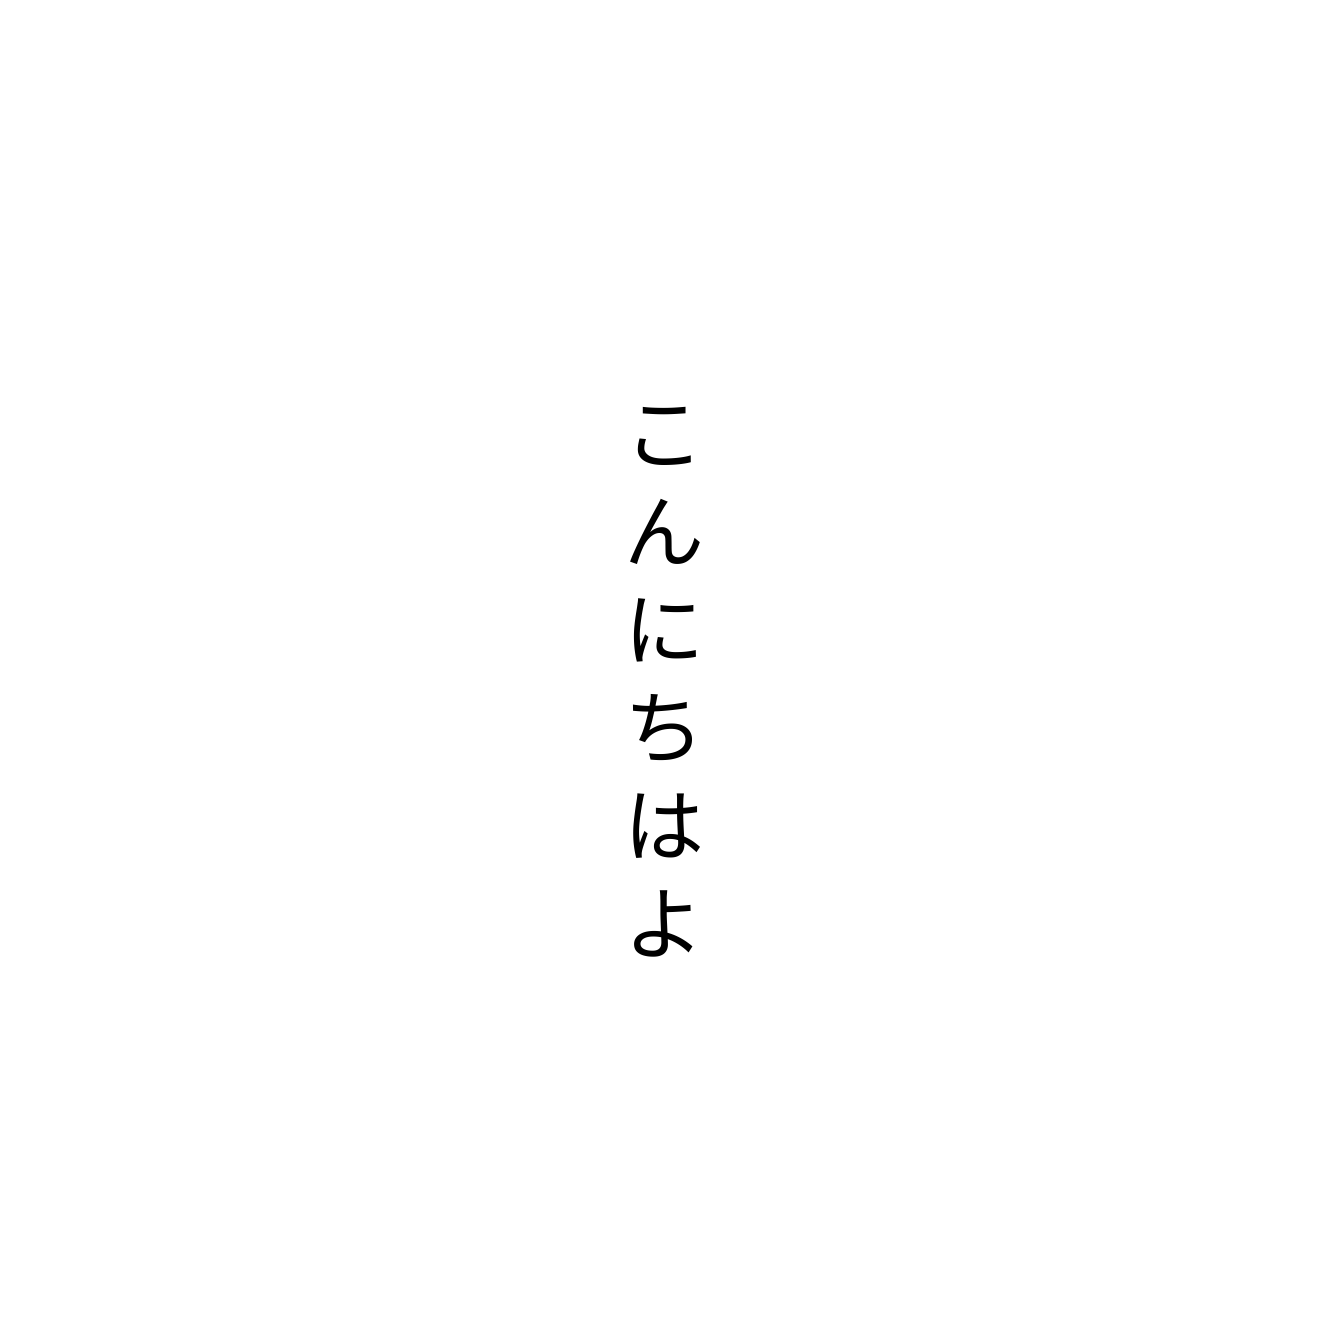
こんにちはよ